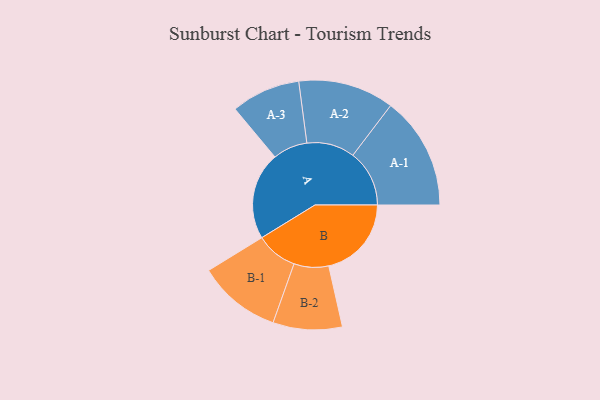
{"axis": {"x": "Segment", "y": "Value"}, "legend": ["", "A", "B"], "data": [{"x": "A", "y": 440, "type": ""}, {"x": "B", "y": 416, "type": ""}, {"x": "A-1", "y": 284, "type": "A"}, {"x": "A-2", "y": 241, "type": "A"}, {"x": "A-3", "y": 174, "type": "A"}, {"x": "B-1", "y": 209, "type": "B"}, {"x": "B-2", "y": 174, "type": "B"}]}